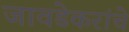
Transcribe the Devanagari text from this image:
जावडेकरांचे